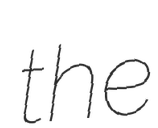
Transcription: the